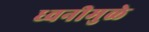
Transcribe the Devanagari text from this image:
ध्वनीमुळे